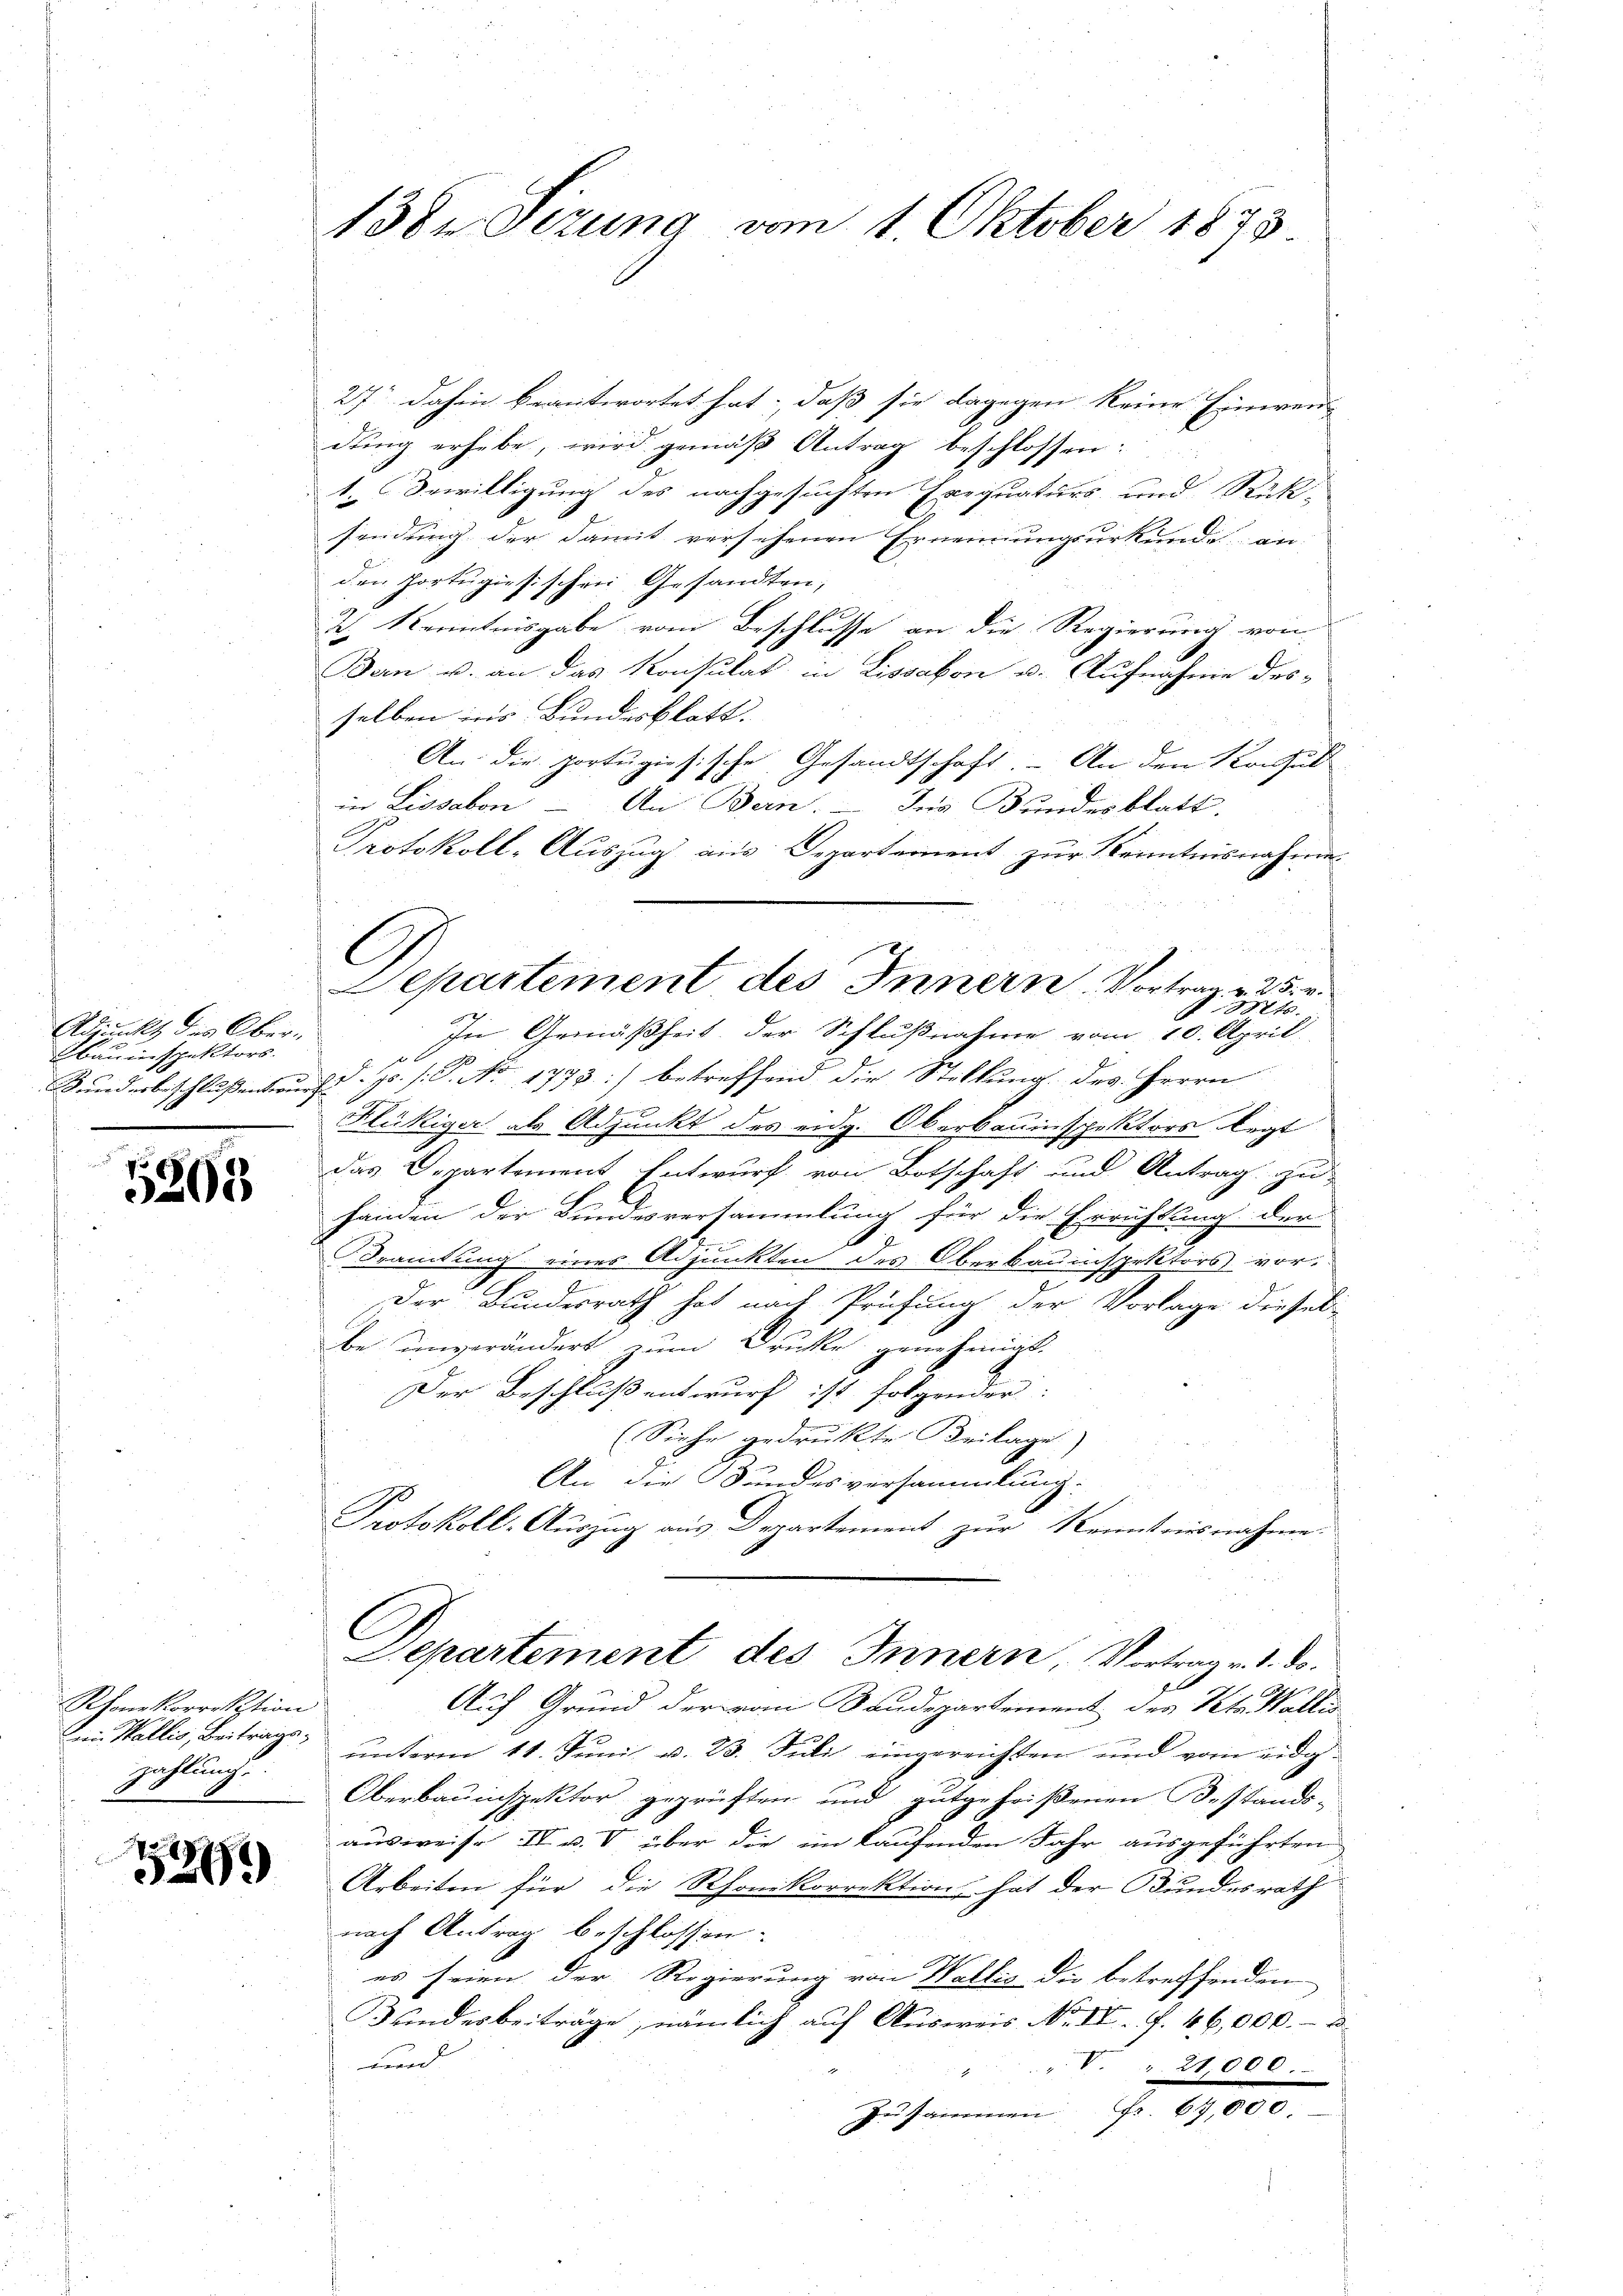
Adjunkt des Oberbauinspektors.

5202

Rone Korrektion
Di Wallis, Beiträge,
zahlung

1242)

138 Sizung vom 1. Oktober 1873.

27 dahin beantwortet hat; daß sie dagegen keine Einwen-
dung erhebe, wird gemäß Antrag beschlossen:
1. Bewilligung des nachgesuchten Exequaturs und Rück-
sendung der damit versehenen Ernennungsurkunde an
den Portugisischen Gesandten;
2. Kenntnisgabe vom Beschlusse an die Regierung von
Ban u. an das Konsulat in Lissabon u. Aufnahme des-
selben ins Bundesblatt.
An die portugisische Gesandtschaft. - An den Konsul
in Lissabon - An Bern. – Ins Bundesblatt.
.
Protokoll-Auszug aus Departement zur Kenntnisnahme.
un
§ 8t.
In Gemäßheit der Schlußnahme vom 10. April
Kundesbeschlussentwurf d. Js. (: P. No 1773) betreffend die Stickung des Herrn
Flückiger als Adjunkt des eidg. Oberbauinspektors legt
Das Departement Entwurf von Botschaft und Antrag zu
hainen der Bundesversammlung für die Errichtung der
ramtung eines Adjunkten des Oberbauinspektors vor¬
Der Bundesrath hat nach Prüfung der Vorlage dieses
be unverändert zum Drucke genehmigt.
Der Beschluß entwurf ist folgender:
(Siehe gedruckte Beilage)
An die Bundesversammlung.
Protokoll-Auszug aus Departement zur Kenntnisnahme.
Departement des Innern, Vortrag v. 1. d.
Auf Grund der vom Baudepartement der Veto Wallis
unterm 11. Juni v. 23. Juli eingereichten und vom eidg¬
Oberbauinspektor geprüften und gutgeheißenen Bestands-
ausweise IV u. T. über die im kaufenden Jahr ausgeführten
Arbeiten für die Rhonikorrektion hat der Bundesrath
nach Antrag beschlossen:
es seien der Regierung von Wallis die betreffenden
Bundesbeiträge, nämlich auf Ausweis No II. f. 46,000.- u
und
V. " 21,000.
Zusammen Fr. 67,000.

Separtement des Innern. Vortrag v. 25. v.